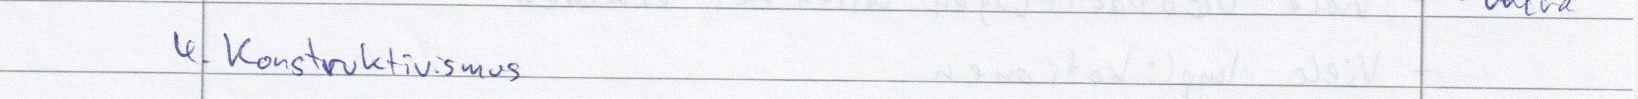
4. Konstruktivismus